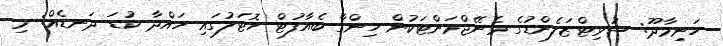
ހަނިމާދޫ: ސުވިޓްޒަލެންޑުގެ މެނޭޖްމަންޓަކުން ހިންގާ ބެއާފުޓް ހޮޓަލުގައި ހައްދާ ކުޑަ ދަނޑެއް: މި